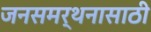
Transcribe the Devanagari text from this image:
जनसमर्थनासाठी